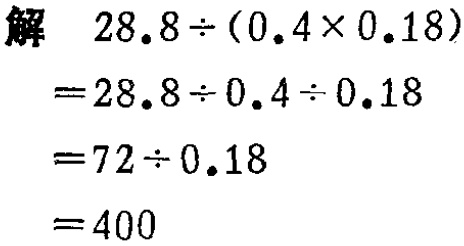
\begin{align*}

\text{解} \quad &28.8\div(0.4\times0.18)\\

=&28.8\div0.4\div0.18\\

=&72\div0.18\\

=&400

\end{align*}